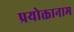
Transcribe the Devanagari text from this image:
प्रयोक्तानाम